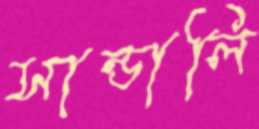
সান্ডালি